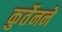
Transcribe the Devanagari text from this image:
कुर्तेनने